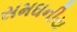
સમઘનીય